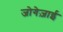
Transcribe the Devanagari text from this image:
जोगेज़ाई